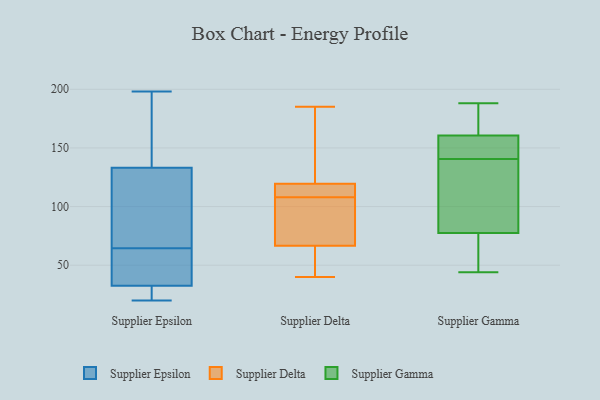
{"axis": {"x": "Humidity (%)", "y": "Value"}, "legend": ["Supplier Delta", "Supplier Epsilon", "Supplier Gamma"], "data": [{"x": "", "y": 95, "type": "Supplier Epsilon"}, {"x": "", "y": 118, "type": "Supplier Epsilon"}, {"x": "", "y": 24, "type": "Supplier Epsilon"}, {"x": "", "y": 59, "type": "Supplier Epsilon"}, {"x": "", "y": 62, "type": "Supplier Epsilon"}, {"x": "", "y": 198, "type": "Supplier Epsilon"}, {"x": "", "y": 21, "type": "Supplier Epsilon"}, {"x": "", "y": 194, "type": "Supplier Epsilon"}, {"x": "", "y": 20, "type": "Supplier Epsilon"}, {"x": "", "y": 148, "type": "Supplier Epsilon"}, {"x": "", "y": 192, "type": "Supplier Epsilon"}, {"x": "", "y": 67, "type": "Supplier Epsilon"}, {"x": "", "y": 36, "type": "Supplier Epsilon"}, {"x": "", "y": 70, "type": "Supplier Epsilon"}, {"x": "", "y": 59, "type": "Supplier Epsilon"}, {"x": "", "y": 29, "type": "Supplier Epsilon"}, {"x": "", "y": 185, "type": "Supplier Delta"}, {"x": "", "y": 109, "type": "Supplier Delta"}, {"x": "", "y": 117, "type": "Supplier Delta"}, {"x": "", "y": 63, "type": "Supplier Delta"}, {"x": "", "y": 44, "type": "Supplier Delta"}, {"x": "", "y": 109, "type": "Supplier Delta"}, {"x": "", "y": 111, "type": "Supplier Delta"}, {"x": "", "y": 122, "type": "Supplier Delta"}, {"x": "", "y": 148, "type": "Supplier Delta"}, {"x": "", "y": 63, "type": "Supplier Delta"}, {"x": "", "y": 180, "type": "Supplier Delta"}, {"x": "", "y": 40, "type": "Supplier Delta"}, {"x": "", "y": 70, "type": "Supplier Delta"}, {"x": "", "y": 90, "type": "Supplier Delta"}, {"x": "", "y": 94, "type": "Supplier Delta"}, {"x": "", "y": 107, "type": "Supplier Delta"}, {"x": "", "y": 188, "type": "Supplier Gamma"}, {"x": "", "y": 60, "type": "Supplier Gamma"}, {"x": "", "y": 164, "type": "Supplier Gamma"}, {"x": "", "y": 75, "type": "Supplier Gamma"}, {"x": "", "y": 160, "type": "Supplier Gamma"}, {"x": "", "y": 144, "type": "Supplier Gamma"}, {"x": "", "y": 80, "type": "Supplier Gamma"}, {"x": "", "y": 44, "type": "Supplier Gamma"}, {"x": "", "y": 161, "type": "Supplier Gamma"}, {"x": "", "y": 141, "type": "Supplier Gamma"}, {"x": "", "y": 87, "type": "Supplier Gamma"}, {"x": "", "y": 140, "type": "Supplier Gamma"}]}